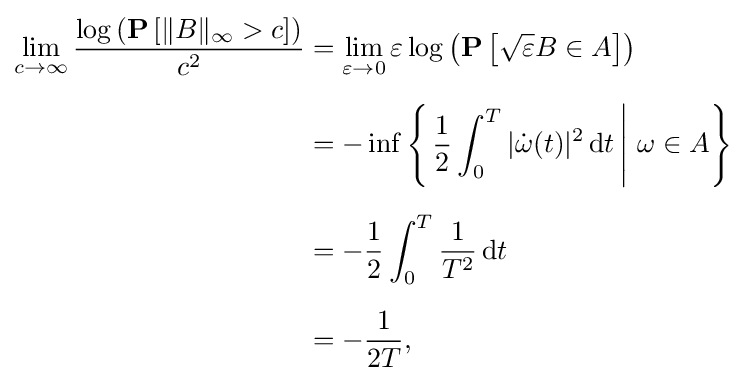
{\begin{aligned}\lim _{c\to \infty }{\frac {\log \left(\mathbf {P} \left[\|B\|_{\infty }>c\right]\right)}{c^{2}}}&=\lim _{\varepsilon \to 0}\varepsilon \log \left(\mathbf {P} \left[{\sqrt {\varepsilon }}B\in A\right]\right)\\[6pt]&=-\inf \left\{\left.{\frac {1}{2}}\int _{0}^{T}|{\dot {\omega }}(t)|^{2}\,\mathrm {d} t\,\right|\,\omega \in A\right\}\\[6pt]&=-{\frac {1}{2}}\int _{0}^{T}{\frac {1}{T^{2}}}\,\mathrm {d} t\\[6pt]&=-{\frac {1}{2T}},\end{aligned}}